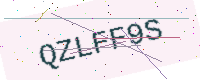
Text: QZLFF9S